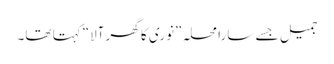
جمیل جسے سارا محلہ ”نوری کا گھر آلا“کہتا تھا۔